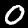
Digit: 0